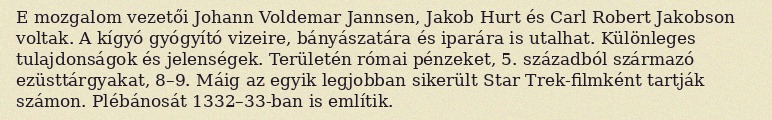
E mozgalom vezetői Johann Voldemar Jannsen, Jakob Hurt és Carl Robert Jakobson voltak. A kígyó gyógyító vizeire, bányászatára és iparára is utalhat. Különleges tulajdonságok és jelenségek. Területén római pénzeket, 5. századból származó ezüsttárgyakat, 8–9. Máig az egyik legjobban sikerült Star Trek-filmként tartják számon. Plébánosát 1332–33-ban is említik.